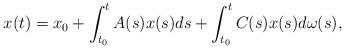
LaTeX: \begin{align*}x(t)=x_0 + \int_{t_0}^tA(s)x(s)ds+\int_{t_0}^tC(s)x(s)d\omega(s), \end{align*}